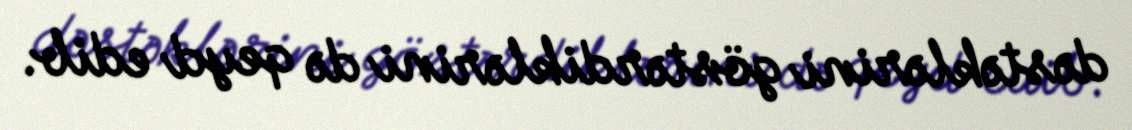
dəstəklərini göstərdiklərini də qeyd edib.